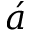
\acute { a }